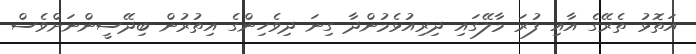
އަތޮޅު ތެރޭގެ އާއި ފުރަ މާލޭގައި ދިރިއުޅެމުންދާ ގިނަ ދިވެހިންގެ އިތުރުން ބިދޭސީންނަށްވެސް